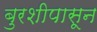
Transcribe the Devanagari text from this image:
बुरशीपासून